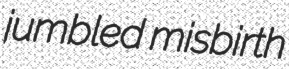
jumbled misbirth